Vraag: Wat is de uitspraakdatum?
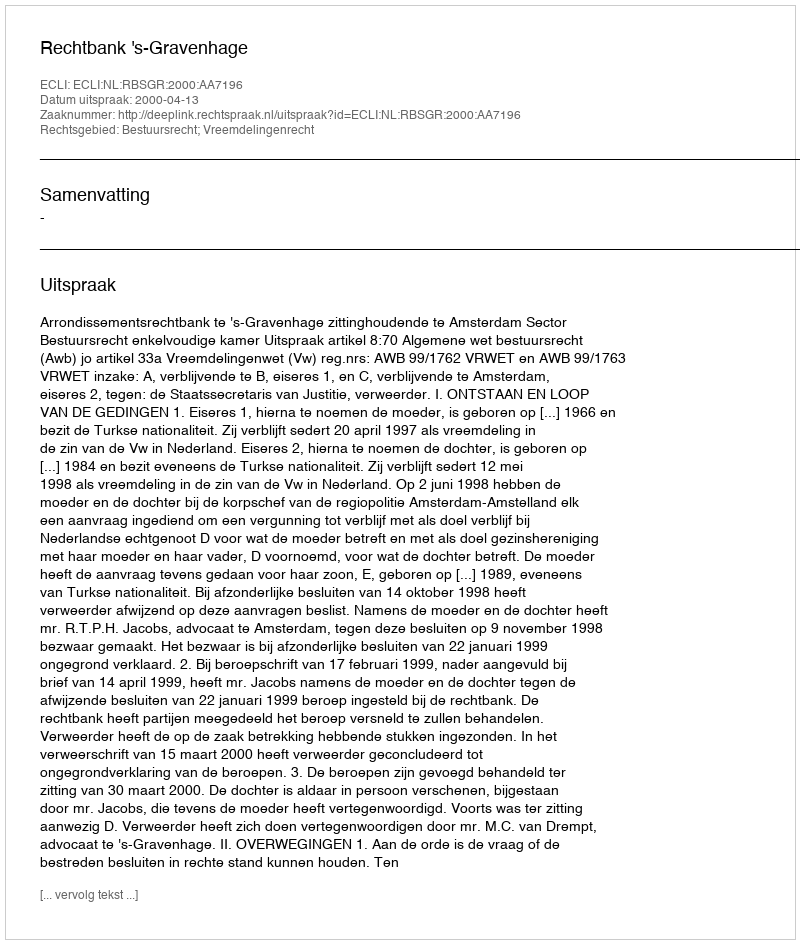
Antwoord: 2000-04-13